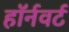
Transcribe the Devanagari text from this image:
हॉर्नवर्ट